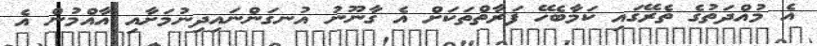
އެ މުއްދަތުގެ ތެރޭގައި ކަމާބެހޭ ފަރާތްތަކަށް އެ ގާނޫނު އުނގަންނައިދިނުމަށާއި އާއްމުން އެ